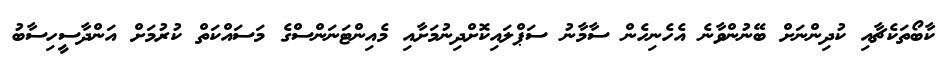
ކާބޯތަކެޗާއި ކުދިންނަށް ބޭނުންވާނެ އެހެނިހެން ސާމާނު ސަޕްލައިކޮށްދިނުމަށާއި މެއިންޓަނަންސްގެ މަސައްކަތް ކުރުމަށް އަންދާސީހިސާބު